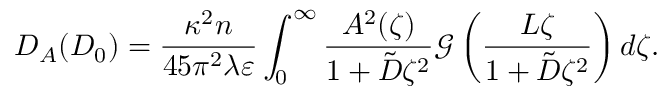
D _ { A } ( D _ { 0 } ) = \frac { \kappa ^ { 2 } n } { 4 5 \pi ^ { 2 } \lambda \varepsilon } \int _ { 0 } ^ { \infty } \frac { A ^ { 2 } ( \zeta ) } { 1 + \tilde { D } \zeta ^ { 2 } } \mathcal { G } \left( \frac { L \zeta } { 1 + \tilde { D } \zeta ^ { 2 } } \right) d \zeta .